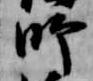
師